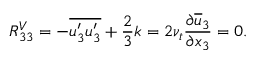
R _ { 3 3 } ^ { V } = - \overline { { u _ { 3 } ^ { \prime } u _ { 3 } ^ { \prime } } } + \frac { 2 } { 3 } k = 2 \nu _ { t } \frac { \partial \overline { { u } } _ { 3 } } { \partial x _ { 3 } } = 0 .